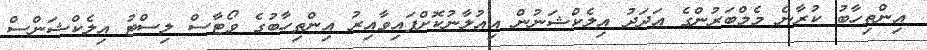
އިންތިހާބު ކުރާނެ މެމްބަރުންގެ އަދަދު އިލެކްޝަނުން އިއުލާނުކޮށްފައިވާއިރު އިންތިހާބުގެ ވޯޓާސް ލިސްޓު އިލެކްޝަންސް